Vaccination in Bombay 1902-1912 - 1902-1912
Year: 1902
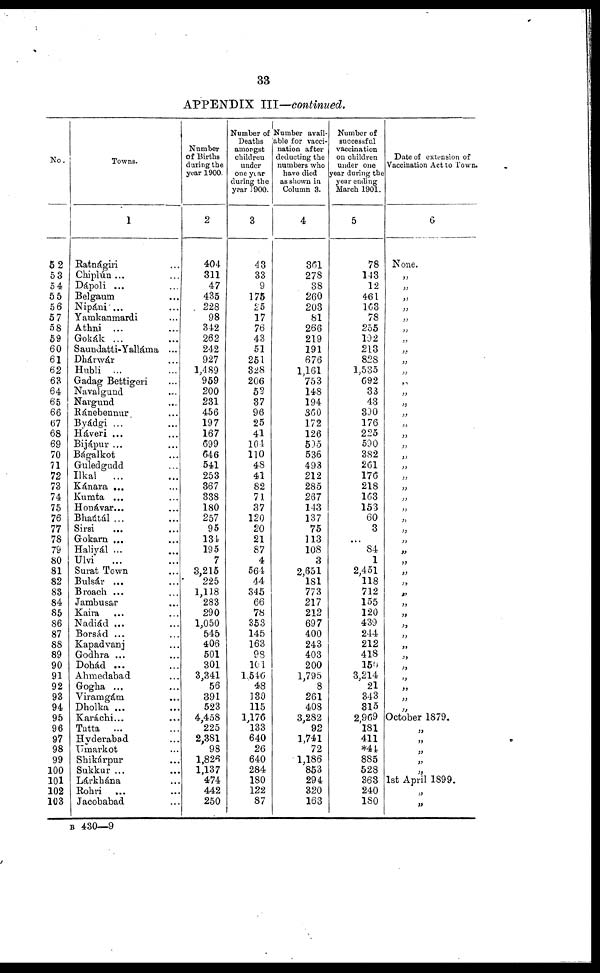
33
APPENDIX III—continued.
No.
52
53
54
55
56
57
58
59
60
61
62
63
64
65
66
67
68
69
70
71
72
73
74
75
76
77
78
79
80
81
82
83
84
85
86
87
88
89
90
91
92
93
94
95
96
97
98
99
100
101
102
103
Towns.
1
Ratnágiri ...
Chiplún ... ...
Dápoli ... ...
Belgaum ...
Nipáni... ...
Yamkanmardi ...
Athni ... ...
Gokák ... ...
Saundatti-Yalláma ...
Dhárwár ...
Hubli ... ...
Gadag Bettigeri ...
Navalgund ...
Nargund ...
Ránebennur ...
Byádgi ... ...
Háveri ... ...
Bijápur ...
Bágalkot ...
Guledgudd ...
Ilkal
... ...
Kánara ... ...
Kumta ... ...
Honávar... ...
Bhaútál ... ...
Sirsi ... ...
Gokarn ... ...
Haliyál ... ...
Ulvi
...
Surat Town ...
Bulsár ... ...
Broach ... ...
Jambusar ...
Kaira ... ...
Nadiád ... ...
Borsád ... ...
Kapadvanj ...
Godhra ... ...
Dohád ... ...
Ahmedabad ...
Gogha ...
Viraragám ...
Dholka ... ...
Karáchi... ...
Tatta ... ...
Hyderabad ...
Umarkot ...
Shikárpur
Sukkur ... ...
Lárkhána ...
Rohri ... ...
Jacobabad
Number
of Births
during the
year 1900.
2
404
311
47
435
228
98
342
262
242
927
1,489
959
200
231
456
197
167
699
646
541
253
367
338
180
257
95
134
195
7
3,215
225
1,118
283
290
1,050
545
406
501
301
3,341
56
391
523
4,458
225
2,381
98
1,826
1,137
474
442
250
Number of
Deaths
amongst
children
under
one year
during the
year 1900.
3
43
33
9
175
25
17
76
43
51
251
328
206
55
37
96
25
41
104
110
48
41
82
71
37
120
20
21
87
4
564
44
345
66
78
353
145
163
98
101
1,546
48
130
115
1,176
133
640
26
640
284
180
122
87
Number avail-
able for vacci-
nation after
deducting the
numbers who
have died
as shown in
Column 3.
4
361
278
38
260
203
81
266
219
191
676
1,161
753
148
194
360
172
126
535
536
493
212
285
267
143
137
75
113
108
3
2,651
181
773
217
212
697
400
243
403
200
1,795
8
261
408
3,282
92
1,741
72
1,186
853
294
320
163
Number of
successful
vaccination
on children
under one
year during the
year ending
March 1901.
5
78
143
12
461
163
78
255
192
213
828
1,535
692
33
43
390
176
225
590
382
261
176
218
163
153
60
3
...
84
1
2,451
118
712
155
120
439
244
212
418
150
3,214
21
343
315
2,969
181
411
*44
885
528
363
240
180
Date of extension of
Vaccination Act to Town.
6
None.
„
„
„
„
„
„
„
„
„
„
„
„
„
„
„
„
„
„
„
„
„
„
„
„
„
„
„
„
„
„
„
„
„
„
„
„
„
„
„
„
„
„
October 1879.
„
„
„
„
„
1st April 1899.
„
„
B 430—9